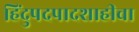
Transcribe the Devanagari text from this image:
हिंदुपदपादशाहीचा